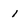
Character: l